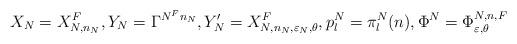
LaTeX: \begin{align*}X_N = X_{N,n_N}^F, Y_N = \Gamma^{N^F n_N}, Y_N' = X_{N,n_N,\varepsilon_N,\theta}^F, p^N_l = \pi^N_l(n),\Phi^N = \Phi^{N,n,F}_{\varepsilon,\theta}\end{align*}